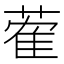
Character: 蒮